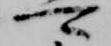
可